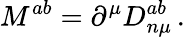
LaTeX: M^{ab}=\partial^{\mu}D_{n\mu}^{ab}\, .